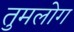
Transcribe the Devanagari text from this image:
तुमलोग